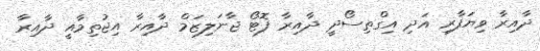
ދާއިރާ ވިޔަފާރި އަދި އިގްތިސޯދީ ދާއިރާ ފޮޓޯ ޖާނަލިޒަމް ދާއިރާ އިޖުތިމާއީ ދާއިރާ